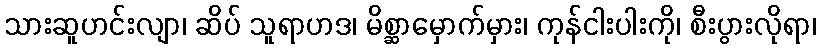
သားဆူဟင်းလျာ၊ ဆိပ် သူရာဟဒ၊ မိစ္ဆာမှောက်မှား၊ ကုန်ငါးပါးကို၊ စီးပွားလိုရာ၊